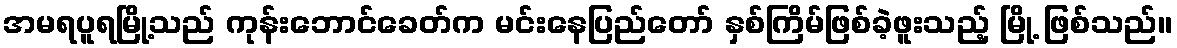
အမရပူရမြို့သည် ကုန်းဘောင်ခေတ်က မင်းနေပြည်တော် နှစ်ကြိမ်ဖြစ်ခဲ့ဖူးသည့် မြို့ ဖြစ်သည်။